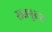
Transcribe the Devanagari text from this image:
सतपुरुश